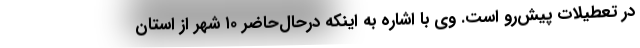
در تعطیلات پیش‌رو است. وی با اشاره به اینکه درحال‌حاضر ۱۰ شهر از استان